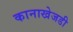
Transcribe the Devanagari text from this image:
कानाखेजडी